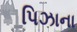
પિઝાના